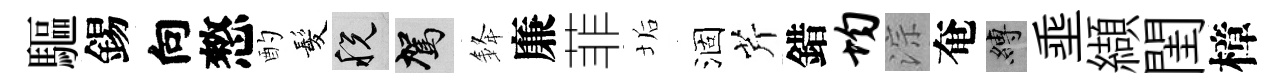
驅錫向憗酌髪税駕𨦟廉菲垢涸芹錯均淙奄縛埀纈閨樟